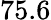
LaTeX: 75.6